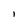
Character: I